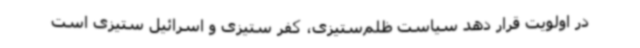
در اولویت قرار دهد سیاست ظلم‌ستیزی، کفر ستیزی و اسرائیل ستیزی است